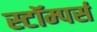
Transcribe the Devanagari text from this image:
स्टॉम्पर्स